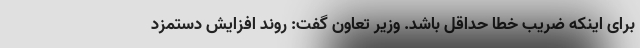
برای اینکه ضریب خطا حداقل باشد. وزیر تعاون گفت: روند افزایش دستمزد